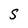
Character: S